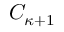
C _ { \kappa + 1 }